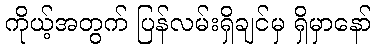
ကိုယ့်အတွက် ပြန်လမ်းရှိချင်မှ ရှိမှာနော်